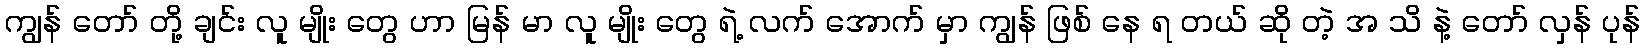
ကျွန် တော် တို့ ချင်း လူ မျိုး တွေ ဟာ မြန် မာ လူ မျိုး တွေ ရဲ့ လက် အောက် မှာ ကျွန် ဖြစ် နေ ရ တယ် ဆို တဲ့ အ သိ နဲ့ တော် လှန် ပုန်